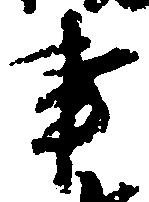
事